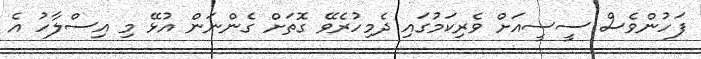
ފަހުންވެސް ސީސީއަށް ވެރިކަމުގައި ދެމިހުރެވޭ ގޮތަށް ގެންނަން އުޅޭ މި އިސްލާހު އެ